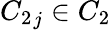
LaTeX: {C_{2}}_{j}\in C_{2}